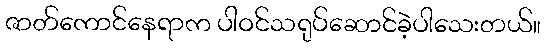
ဇာတ်ကောင်နေရာက ပါဝင်သရုပ်ဆောင်ခဲ့ပါသေးတယ်။